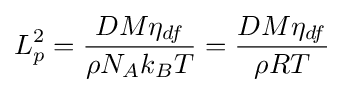
L_{p}^{2}={\frac {DM\eta _{df}}{\rho N_{A}k_{B}T}}={\frac {DM\eta _{df}}{\rho RT}}